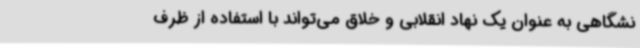
نشگاهی به عنوان یک نهاد انقلابی و خلاق می‌تواند با استفاده از ظرف